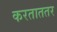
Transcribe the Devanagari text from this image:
करताततर